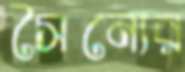
সৈন্যের